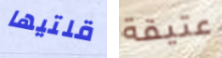
قلتيها عتيقة